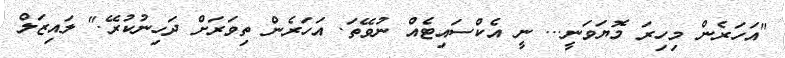
"އަހަރެން މިހިރަ މޮޔަވަނީ... ނީ އެކްސައިޓެއް ނުވޭތަ. އަހަރެން ތިވަރަށް ދަހިނުކުރޭ." ލައިޒަލް